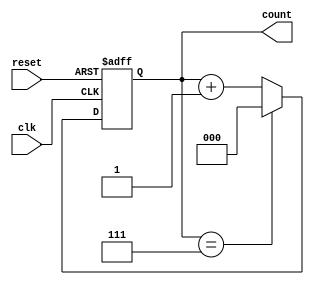
module up_counter_moore #(
    parameter N = 3  // Parameter to define the bit width of the counter
)(
    input wire clk,       // Clock input
    input wire reset,     // Asynchronous reset input
    output reg [N-1:0] count // Output count value
);

// State transition logic
always @(posedge clk or posedge reset) begin
    if (reset) begin
        count <= 0; // Reset the counter to 0
    end else begin
        if (count == (1 << N) - 1) begin // Check for overflow
            count <= 0; // Wrap around to 0
        end else begin
            count <= count + 1; // Increment the counter
        end
    end
end

endmodule